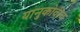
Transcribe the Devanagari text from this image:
यानुकोवीच